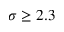
\sigma \geq 2 . 3